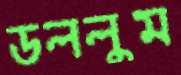
ডললুম